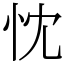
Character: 忱